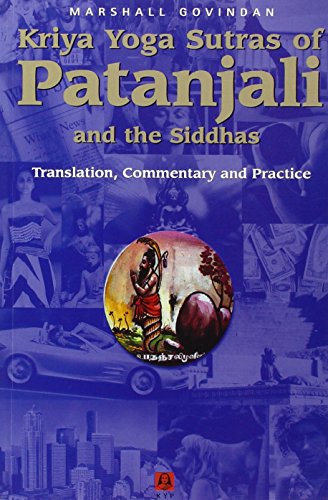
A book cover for Kriya Yoga Sutras of Patanjali and the Siddhas; Marshall Govindan; Religion & Spirituality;